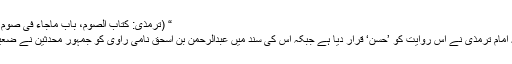
“ (ترمذی: کتاب الصوم، باب ماجاء فی صوم المحرم ؛ ۷۴۱)
واضح رہے کہ امام ترمذی نے اس روایت کو ’حسن‘ قرار دیا ہے جبکہ اس کی سند میں عبدالرحمن بن اسحق نامی راوی کو جمہور محدثین نے ضعیف قرا ردیاہے۔